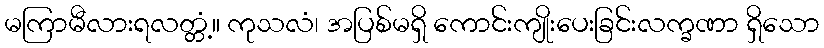
မကြာမီလားရလတ္တံ့။ ကုသလံ၊ အပြစ်မရှိ ကောင်းကျိုးပေးခြင်းလက္ခဏာ ရှိသော